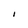
Character: l